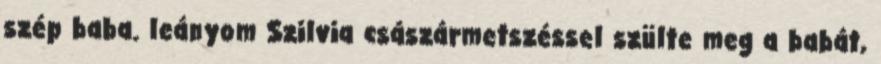
szép baba. leányom Szilvia császármetszéssel szülte meg a babát,